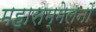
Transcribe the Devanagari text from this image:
महासम्मेलनों